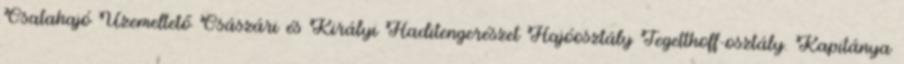
Csatahajó Üzemeltető Császári és Királyi Haditengerészet Hajóosztály Tegetthoff-osztály. Kapitánya